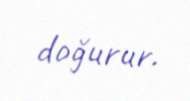
doğurur.